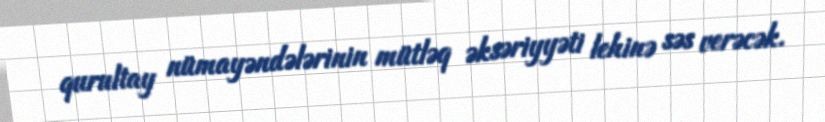
qurultay nümayəndələrinin mütləq əksəriyyəti lehinə səs verəcək.